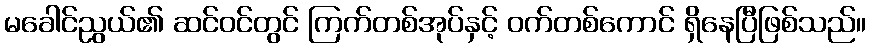
မခေါင်ညွယ်၏ ဆင်ဝင်တွင် ကြက်တစ်အုပ်နှင့် ဝက်တစ်ကောင် ရှိနေပြီဖြစ်သည်။